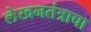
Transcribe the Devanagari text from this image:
लेखनतंत्राचा